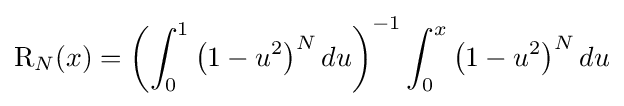
\operatorname {R} _{N}(x)=\left(\int _{0}^{1}{\big (}1-u^{2}{\big )}^{N}\,du\right)^{-1}\int _{0}^{x}{\big (}1-u^{2}{\big )}^{N}\,du